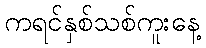
ကရင်နှစ်သစ်ကူးနေ့